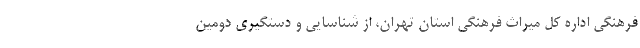
فرهنگی اداره کل میراث فرهنگی استان تهران، از شناسایی و دستگیری دومین